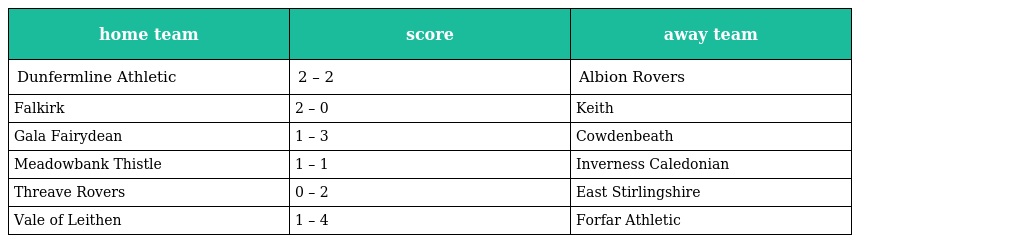
| home team | score | away team |
 | --- | --- | --- |
 | Dunfermline Athletic | 2 – 2 | Albion Rovers |
 | Falkirk | 2 – 0 | Keith |
 | Gala Fairydean | 1 – 3 | Cowdenbeath |
 | Meadowbank Thistle | 1 – 1 | Inverness Caledonian |
 | Threave Rovers | 0 – 2 | East Stirlingshire |
 | Vale of Leithen | 1 – 4 | Forfar Athletic |